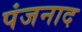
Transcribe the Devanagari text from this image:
पंजनाद